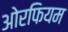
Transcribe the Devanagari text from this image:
ओरफियम